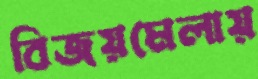
বিজয়মেলায়